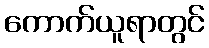
ကောက်ယူရာတွင်